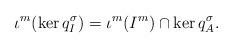
LaTeX: \begin{align*}\iota^m(\ker q^\sigma_I)=\iota^m(I^m)\cap \ker q^\sigma_A.\end{align*}